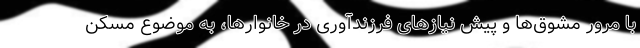
با مرور مشوق‌ها و پیش نیازهای فرزندآوری در خانوارها، به موضوع مسکن